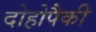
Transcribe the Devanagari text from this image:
दोहोपैकी